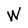
Character: W